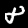
Digit: 8